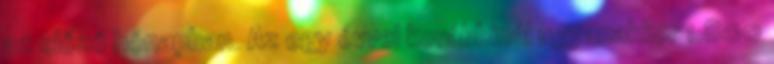
az előző hónapban. Az egy évvel korábbinál ugyanakkor 1.800